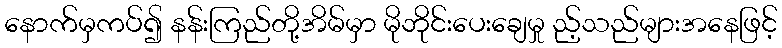
နောက်မှကပ်၍ နန်းကြည်တို့အိမ်မှာ မိုဘိုင်းပေးချေမှု ည့်သည်များအနေဖြင့်